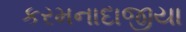
કરમનાદાજીયા